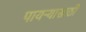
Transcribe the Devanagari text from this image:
पायऱ्यासाठी